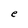
Character: e